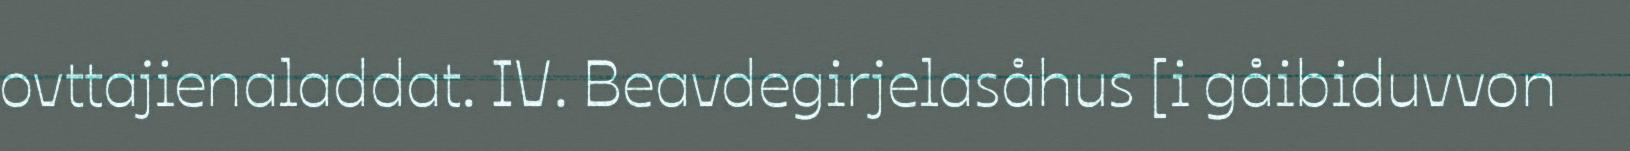
ovttajienaladdat. IV. Beavdegirjelasåhus [i gåibiduvvon